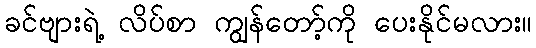
ခင်ဗျားရဲ့ လိပ်စာ ကျွန်တော့်ကို ပေးနိုင်မလား။